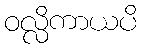
ဝလ္လိကာယပိ